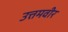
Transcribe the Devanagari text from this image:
उत्तमवीर